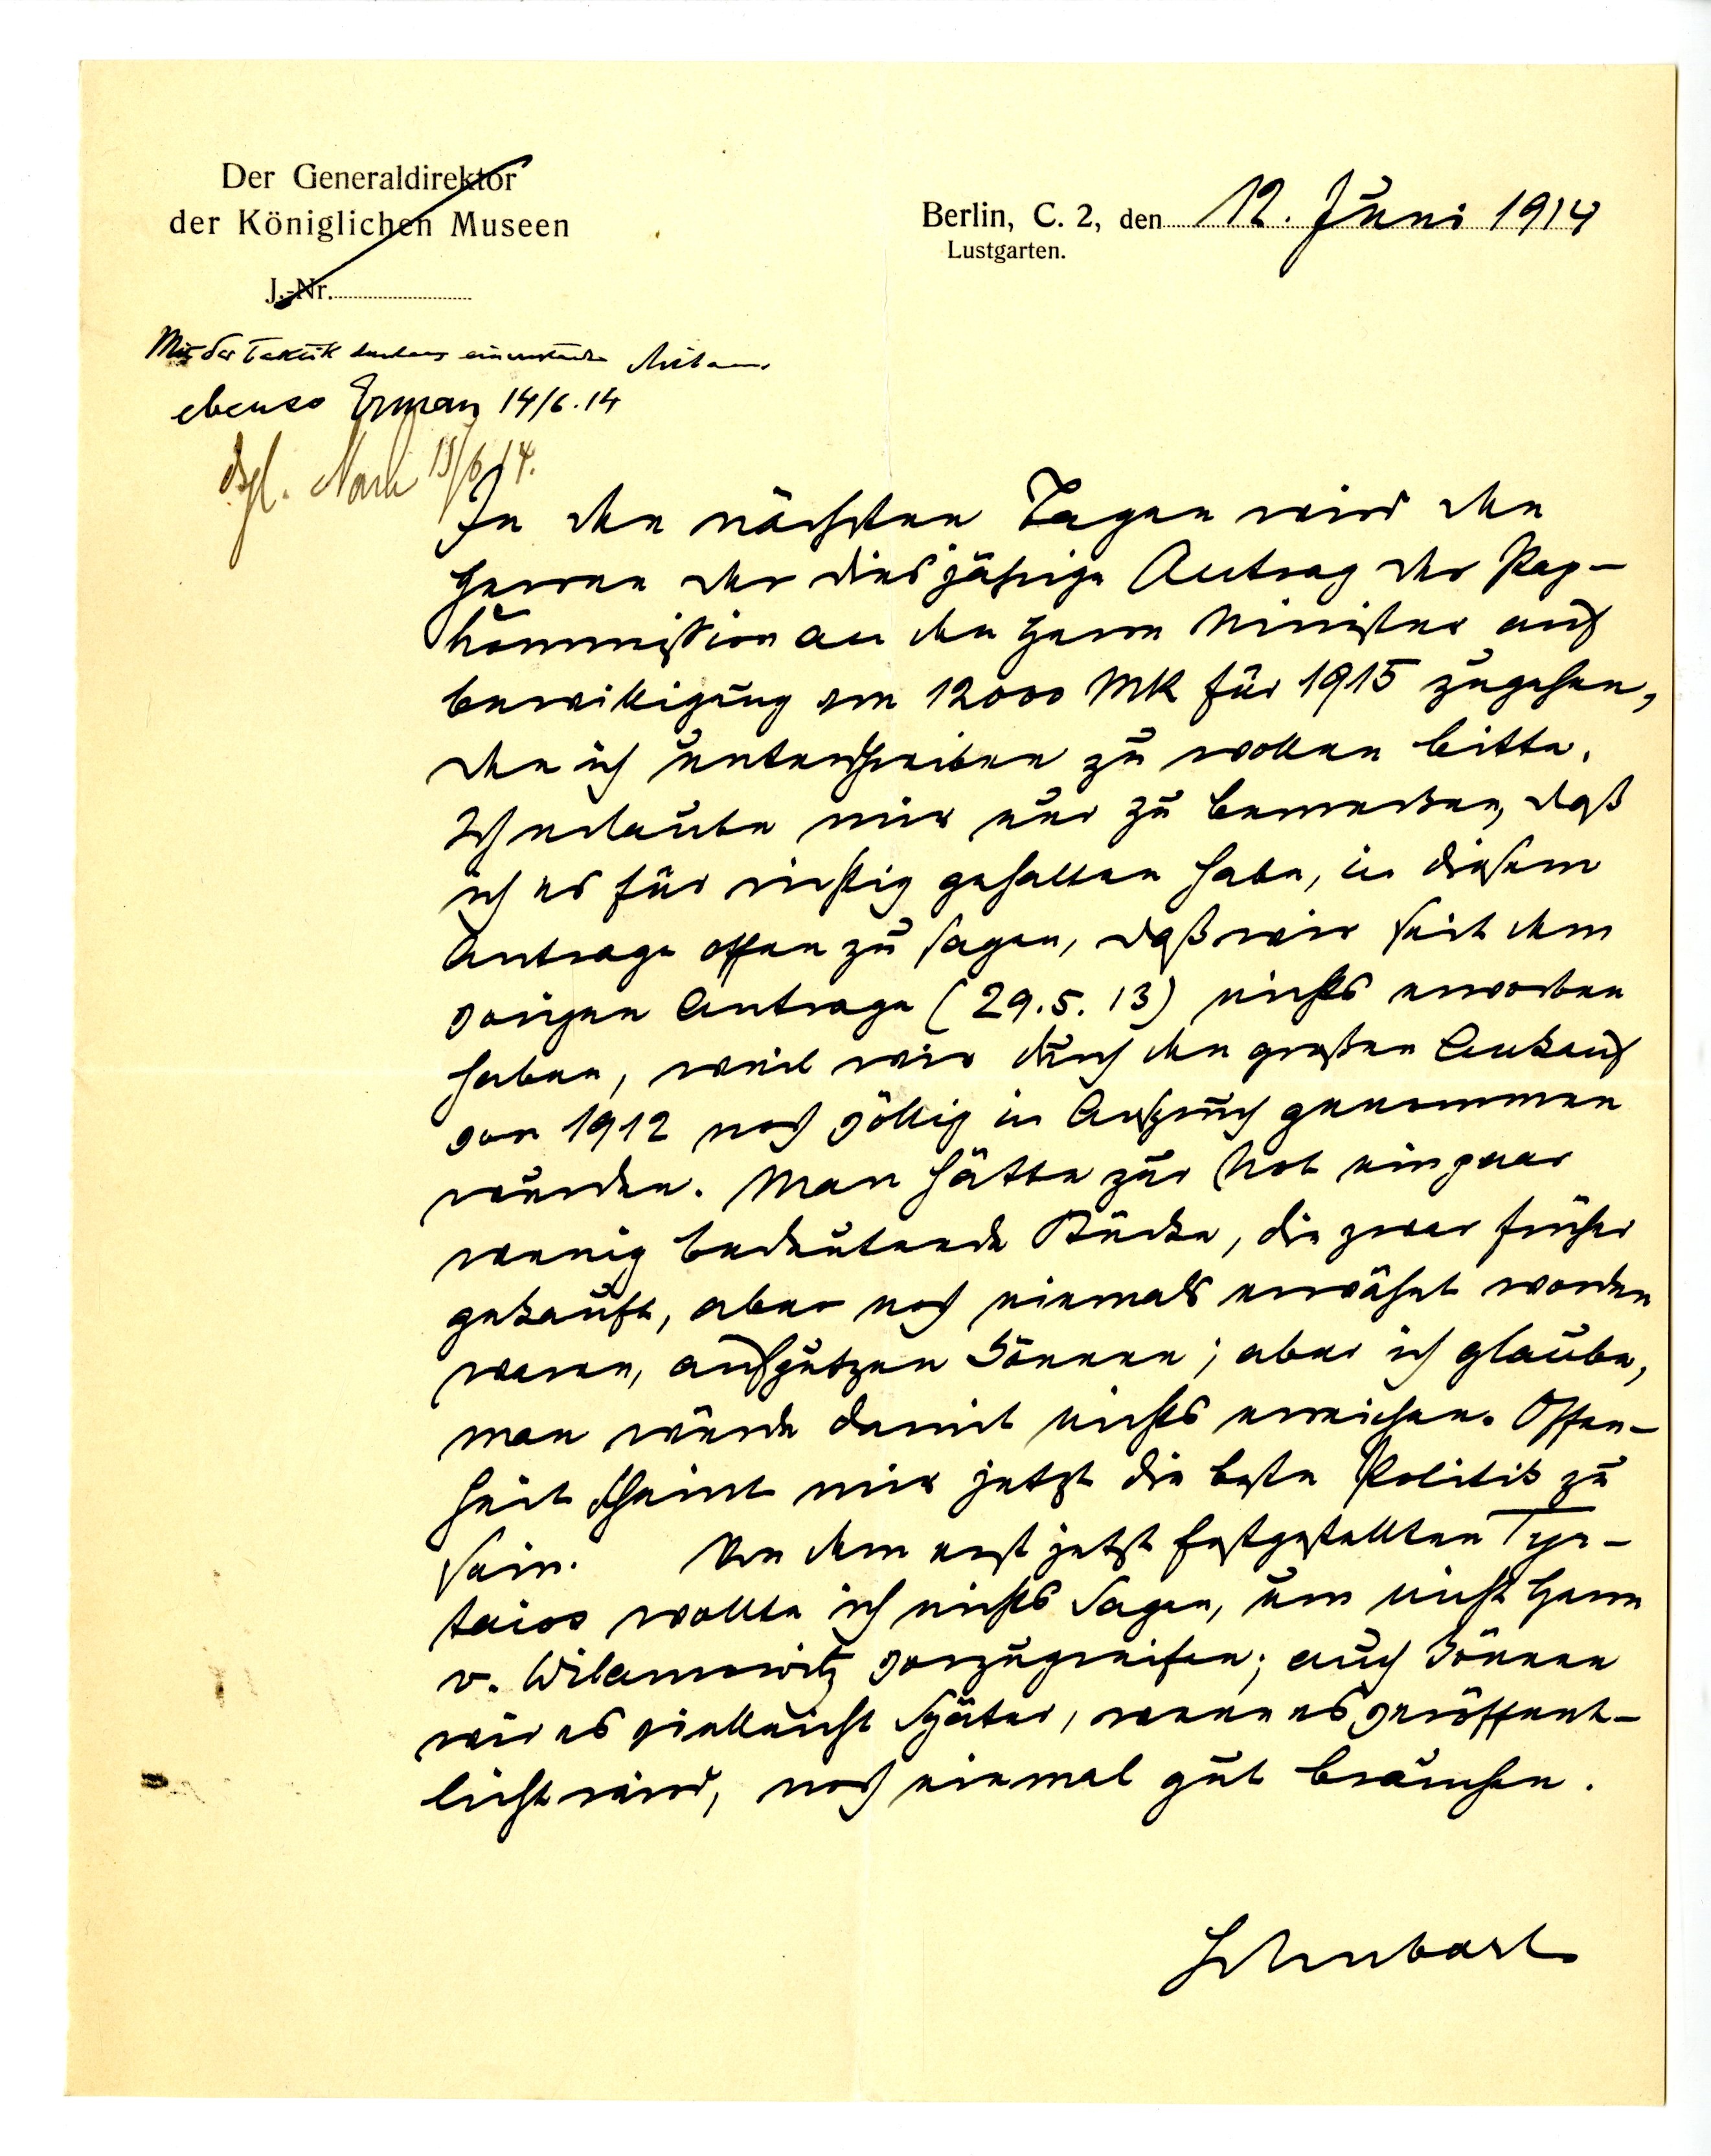
Der Generaldirektor
Berlin, C. 2, den 12. Juni 1914
der Königlichen Museen
Lustgarten.
J-Nr.

In den nächsten Tagen wird den
Herren der diesjährige Antrag der Pap¬
kommission an die Herrn Minister auf
Bewilligung von 12000 MK für 1915 zugehen,
den ich unterschreiben zu wollen bitte.
Ich erlaube mir nur zu bemerken, daß
ich es für wichtig gehalten habe, in diesem
Antrag offen zu sagen, daß wir seit dem
vorigen Antrage (29.5.13) nichts erworben
haben, weil wir durch den großen Ankauf
von 1912 noch völlig in Anspruch genommen
wurden. Man hätte zur Not ein paar
wenig bedeutende Stücke, die zwar früher
gekauft, aber noch niemals erwähnt worden
waren, aufputzen können; aber ich glaube,
man würde damit nichts erreichen. Offen¬
heit scheint mir jetzt die beste Politik zu
sein. Von dem erst jetzt festgestellten Tyr¬
taios wollte ich nichts sagen, um nicht Herrn
v. Wilamowitz vorzugreifen; auch können
wir es vielleicht später, wenn es veröffent¬
licht wird, noch einmal gut brauchen.
Schubart